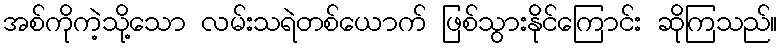
အစ်ကိုကဲ့သို့သော လမ်းသရဲတစ်ယောက် ဖြစ်သွားနိုင်ကြောင်း ဆိုကြသည်။